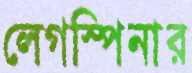
লেগস্পিনার